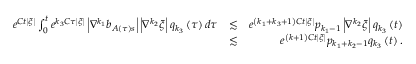
\begin{array} { r l r } { e ^ { C t \left\vert \xi \right\vert } \int _ { 0 } ^ { t } e ^ { k _ { 3 } C \tau \left\vert \xi \right\vert } \left\vert \nabla ^ { k _ { 1 } } b _ { A \left( \tau \right) s } \right\vert \left\vert \nabla ^ { k _ { 2 } } \xi \right\vert q _ { k _ { 3 } } \left( \tau \right) d \tau } & { \lesssim } & { e ^ { \left( k _ { 1 } + k _ { 3 } + 1 \right) C t \left\vert \xi \right\vert } p _ { k _ { 1 } - 1 } \left\vert \nabla ^ { k _ { 2 } } \xi \right\vert q _ { k _ { 3 } } \left( t \right) } \\ & { \lesssim } & { e ^ { \left( k + 1 \right) C t \left\vert \xi \right\vert } p _ { k _ { 1 } + k _ { 2 } - 1 } q _ { k _ { 3 } } \left( t \right) . } \end{array}